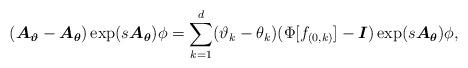
LaTeX: \begin{align*}(\boldsymbol{A}_{\boldsymbol{\vartheta}}-\boldsymbol{A}_{\boldsymbol{\theta}})\exp(s\boldsymbol{A}_{\boldsymbol{\theta}})\phi=\sum_{k=1}^d(\vartheta_k-\theta_k)(\Phi[f_{(0,k)}]-\boldsymbol{I})\exp(s\boldsymbol{A}_{\boldsymbol{\theta}})\phi,\end{align*}